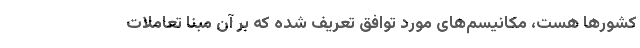
کشورها هست، مکانیسم‌های مورد توافق تعریف شده که بر آن مبنا تعاملات